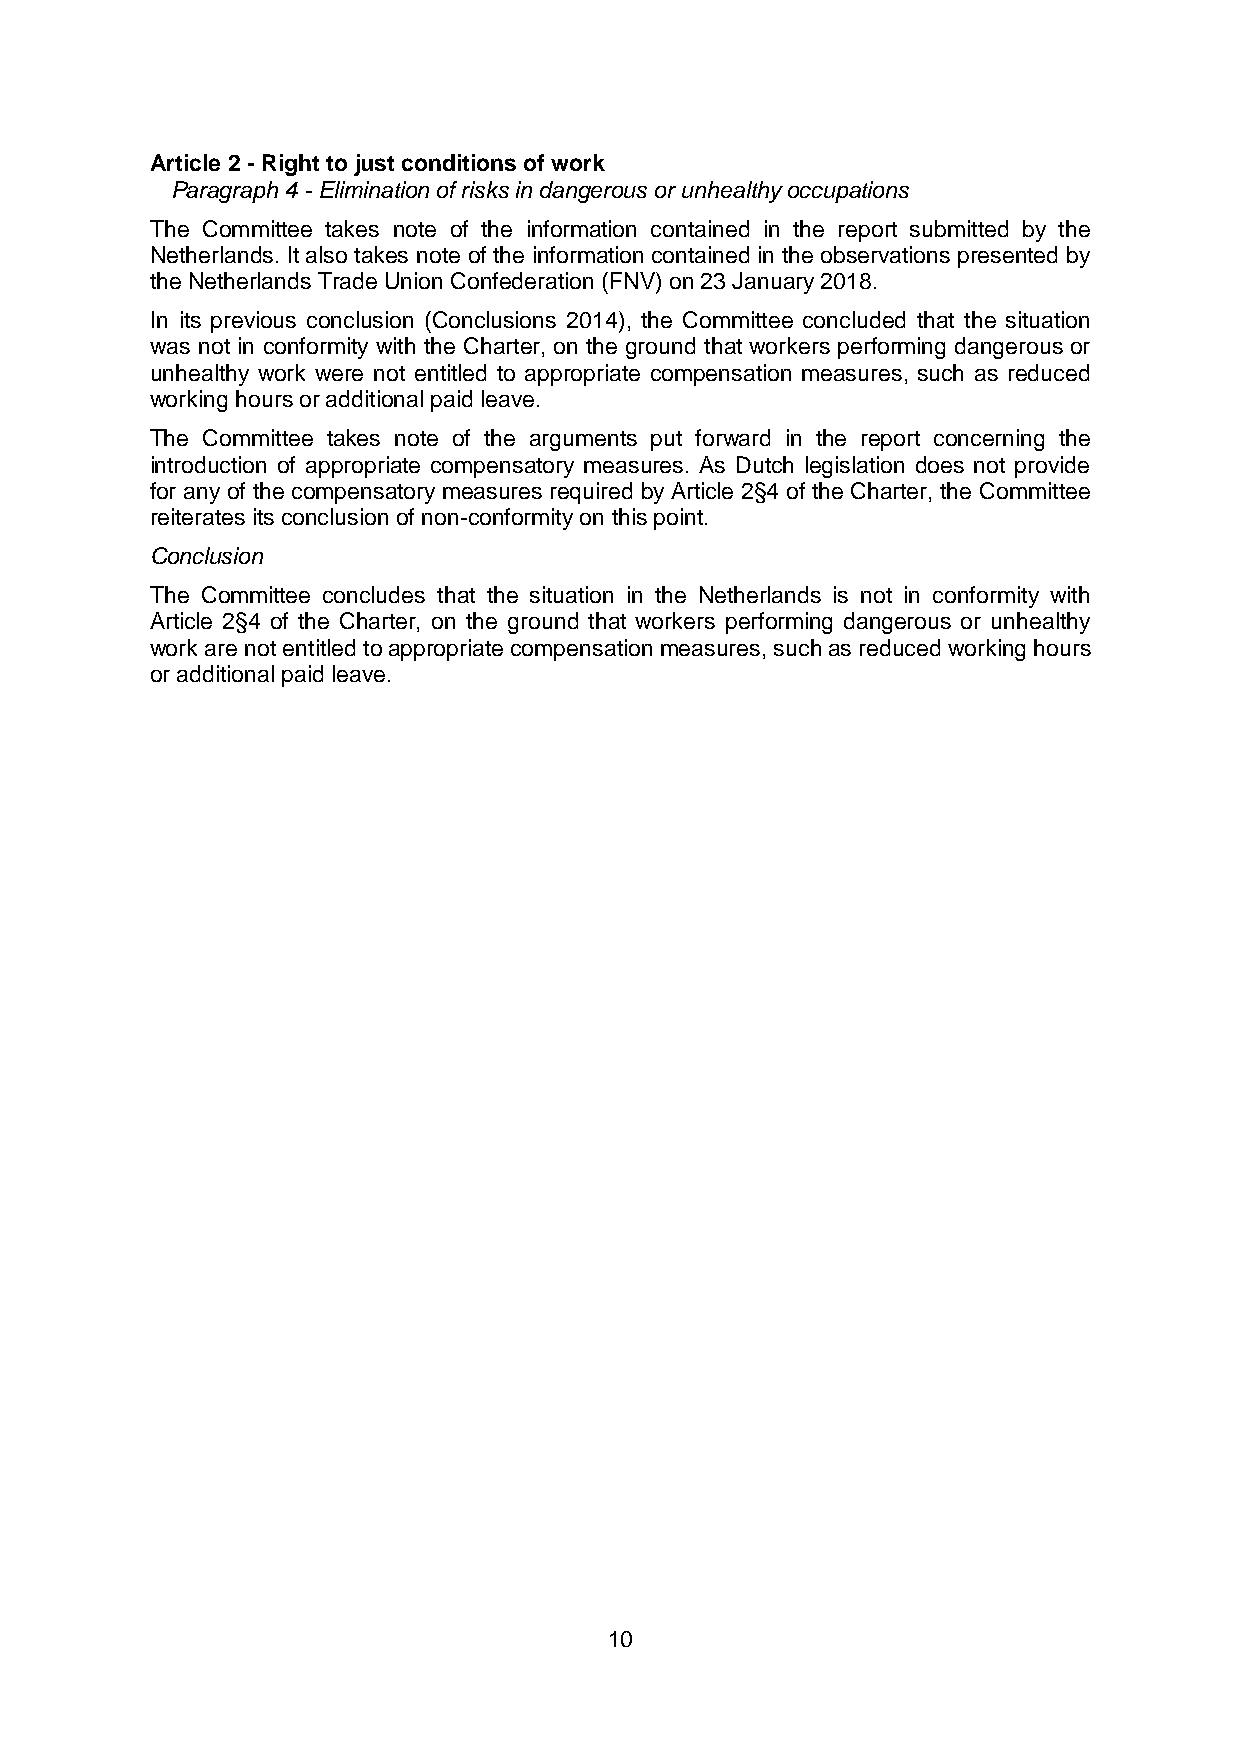
Article 2 - Right to just conditions of work
 Paragraph 4 - Elimination of risks in dangerous or unhealthy occupations
 The Committee takes note of the information contained in the report submitted by the
 Netherlands. It also takes note of the information contained in the observations presented by
 the Netherlands Trade Union Confederation (FNV) on 23 January 2018.
 In its previous conclusion (Conclusions 2014), the Committee concluded that the situation
 was not in conformity with the Charter, on the ground that workers performing dangerous or
 unhealthy work were not entitled to appropriate compensation measures, such as reduced
 working hours or additional paid leave.
 The Committee takes note of the arguments put forward in the report concerning the
 introduction of appropriate compensatory measures. As Dutch legislation does not provide
 for any of the compensatory measures required by Article 2§4 of the Charter, the Committee
 reiterates its conclusion of non-conformity on this point.
 Conclusion
 The Committee concludes that the situation in the Netherlands is not in conformity with
 Article 2§4 of the Charter, on the ground that workers performing dangerous or unhealthy
 work are not entitled to appropriate compensation measures, such as reduced working hours
 or additional paid leave.
 10